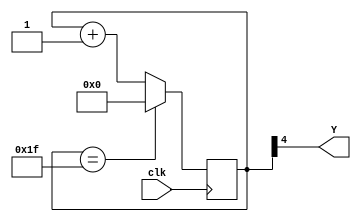
module main_module(
    output Y,
    input clk
);
reg [4:0] count=5'b0000;
assign Y=count[4];
always @(posedge clk)
if (count==5'b11111) count<=5'b00000;
else count<=count+5'b00001;
endmodule